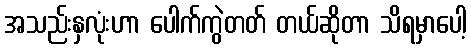
အသည်းနှလုံးဟာ ပေါက်ကွဲတတ် တယ်ဆိုတာ သိရမှာပေါ့